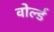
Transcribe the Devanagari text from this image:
वोर्ल्ड